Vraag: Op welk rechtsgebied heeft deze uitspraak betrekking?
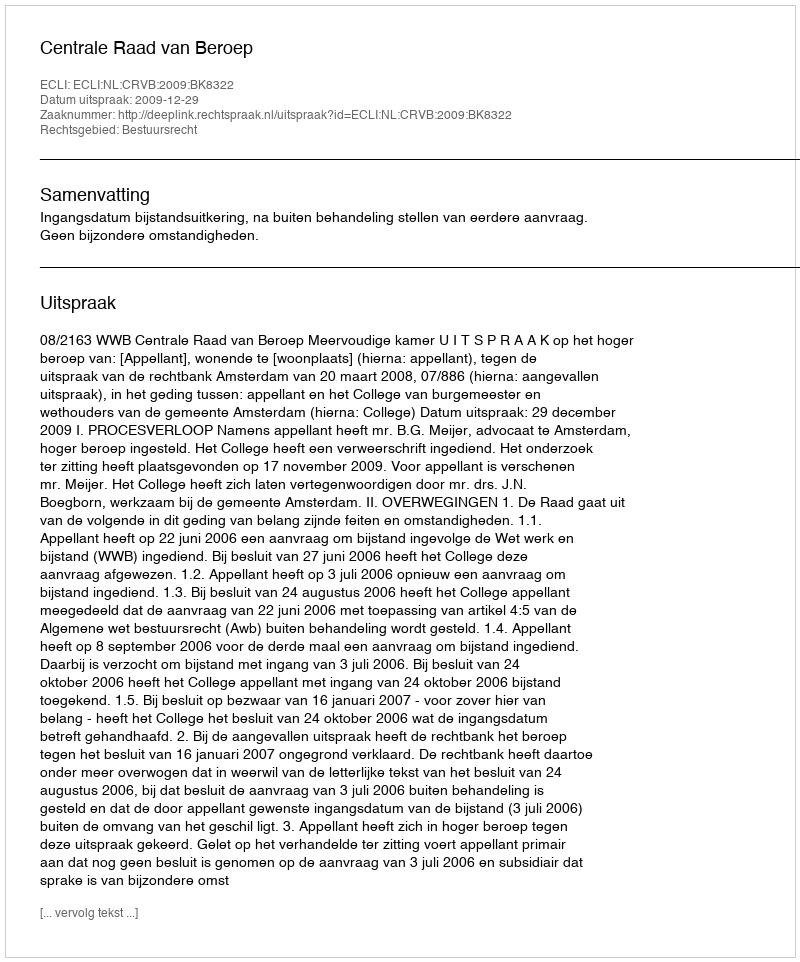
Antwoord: Bestuursrecht